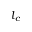
l _ { c }